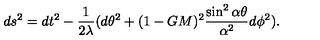
d s ^ { 2 } = d t ^ { 2 } - \frac { 1 } { 2 \lambda } ( d \theta ^ { 2 } + ( 1 - G M ) ^ { 2 } \frac { \sin ^ { 2 } \alpha \theta } { \alpha ^ { 2 } } d \phi ^ { 2 } ) .